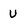
Character: U